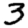
Digit: 3